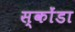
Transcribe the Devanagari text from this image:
स्कोंडा